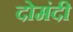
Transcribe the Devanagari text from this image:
दोमंदी